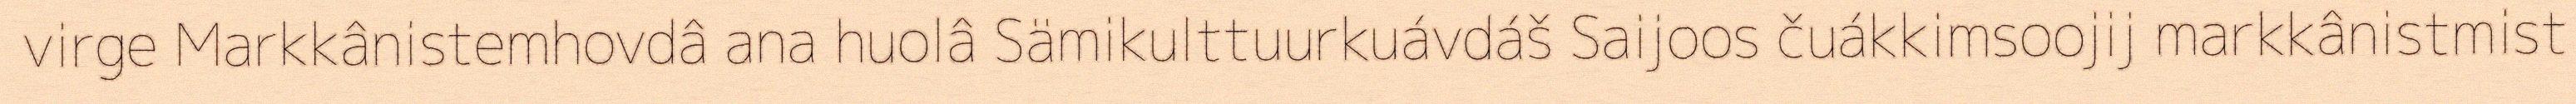
virge Markkânistemhovdâ ana huolâ Sämikulttuurkuávdáš Saijoos čuákkimsoojij markkânistmist